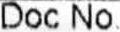
DOC NO.